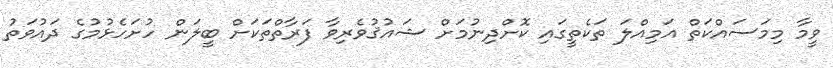
ވީމާ މިމަސައްކަތް އަމިއްލަ ތަކެތީގައި ކޮށްދިނުމަށް ޝައުޤުވެރިވާ ފަރާތްތަކަށް ބީލަން ހުށަހެޅުމުގެ ދައުވަތު